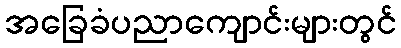
အခြေခံပညာကျောင်းများတွင်